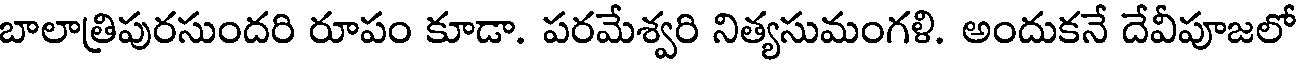
బాలాత్రిపురసుందరి రూపం కూడా. పరమేశ్వరి నిత్యసుమంగళి. అందుకనే దేవీపూజలో